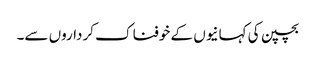
بچپن کی کہانیوں کے خوفناک کرداروں سے۔